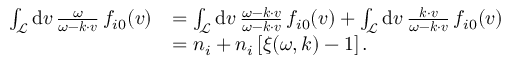
\begin{array} { r l } { \int _ { \mathcal { L } } \mathrm { d } \boldsymbol { v } \, \frac { \omega } { \omega - \boldsymbol { k } \cdot \boldsymbol { v } } \, f _ { i 0 } ( \boldsymbol { v } ) } & { = \int _ { \mathcal { L } } \mathrm { d } \boldsymbol { v } \, \frac { \omega - \boldsymbol { k } \cdot \boldsymbol { v } } { \omega - \boldsymbol { k } \cdot \boldsymbol { v } } \, f _ { i 0 } ( \boldsymbol { v } ) + \int _ { \mathcal { L } } \mathrm { d } \boldsymbol { v } \, \frac { \boldsymbol { k } \cdot \boldsymbol { v } } { \omega - \boldsymbol { k } \cdot \boldsymbol { v } } \, f _ { i 0 } ( \boldsymbol { v } ) } \\ & { = n _ { i } + n _ { i } \, [ \xi ( \omega , \boldsymbol { k } ) - 1 ] \, . } \end{array}